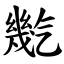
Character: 㡮